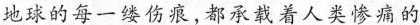
地球的每一缕伤痕，都承载着人类惨痛的